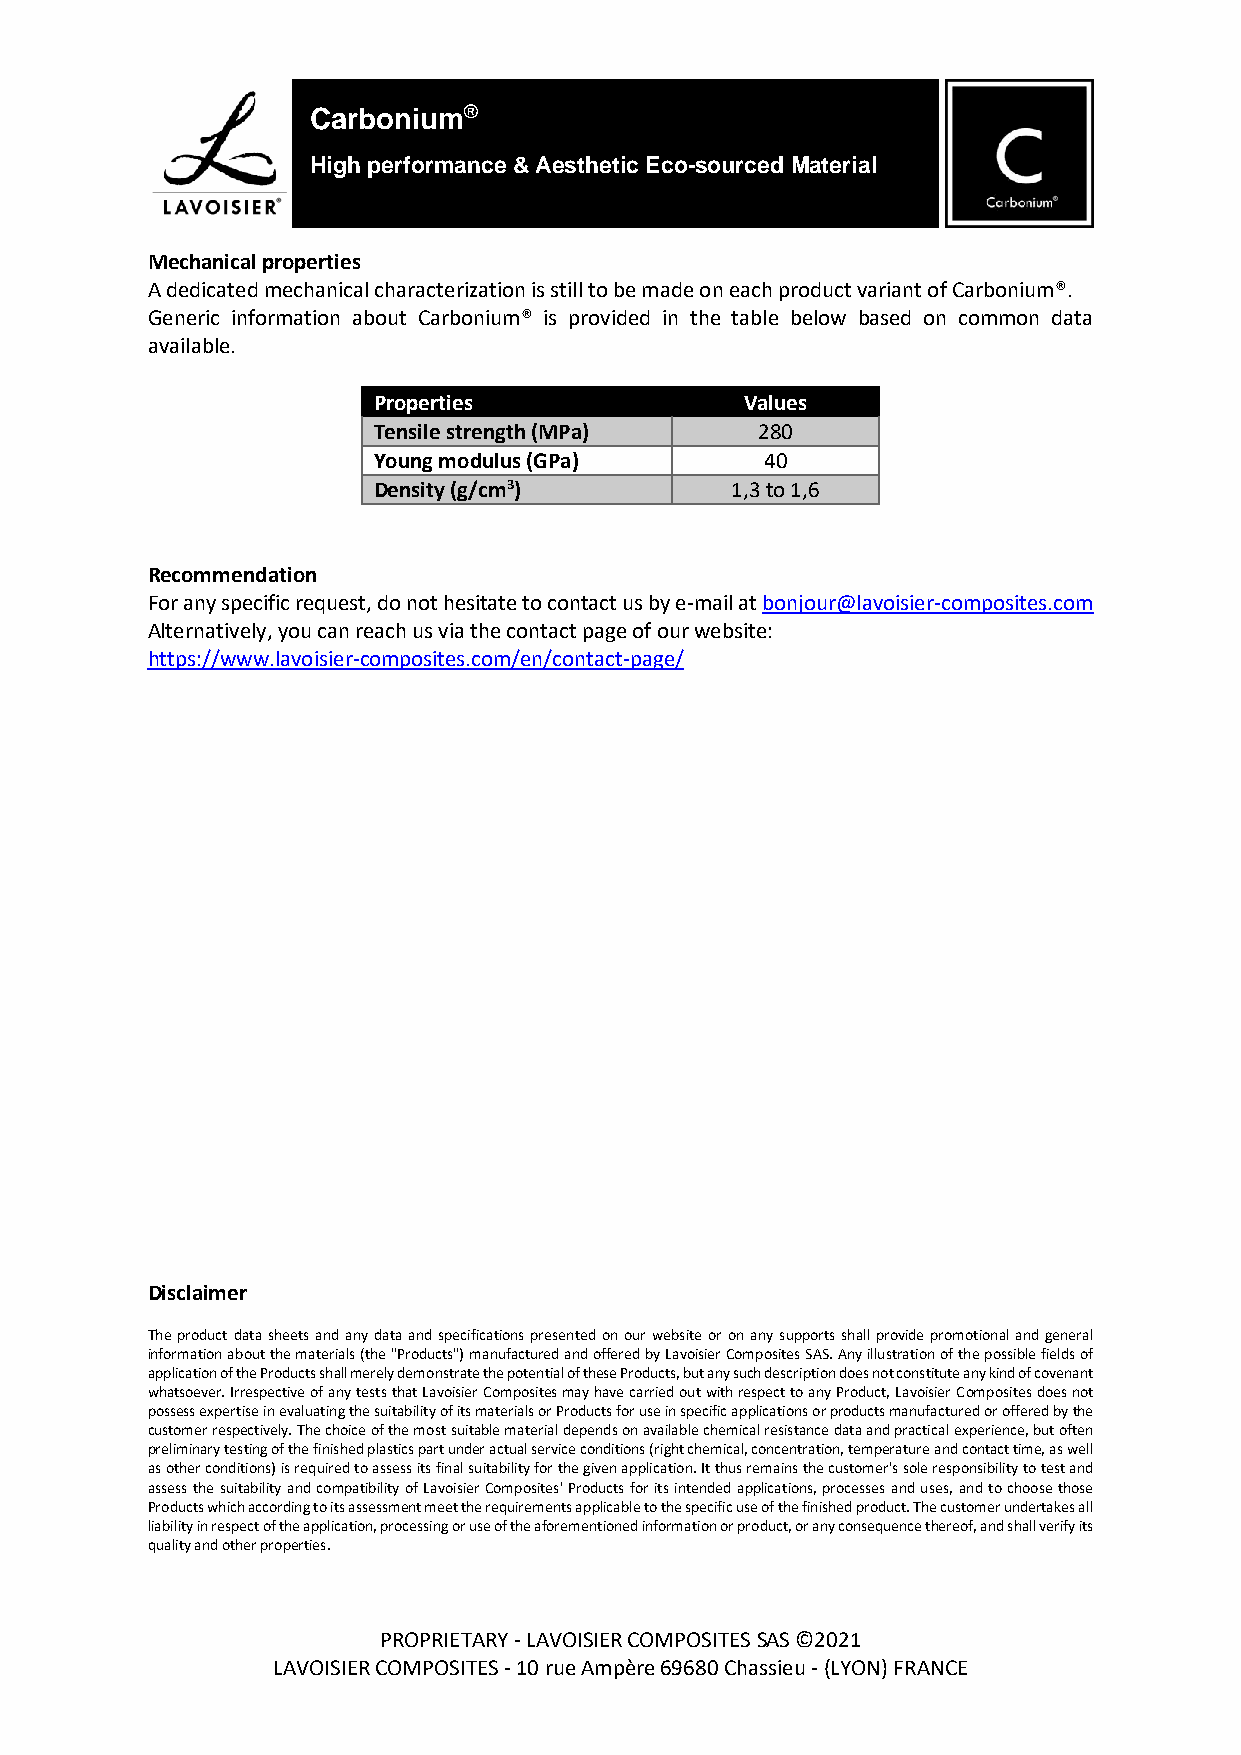
Carbonium®
 High performance & Aesthetic Eco-sourced Material
 Product Data
 Mechanical properties
 A dedicated mechanical characterization is still to be made on each product variant of Carbonium®.
 Generic information about Carbonium® is provided in the table below based on common data
 available.
 Properties              Values
 Tensile strength (MPa)   280
 Young modulus (GPa)       40
 Density (g/cm3)        1,3 to 1,6
 Recommendation
 For any specific request, do not hesitate to contact us by e-mail at bonjour@lavoisier-composites.com
 Alternatively, you can reach us via the contact page of our website:
 https://www.lavoisier-composites.com/en/contact-page/
 Disclaimer
 The product data sheets and any data and specifications presented on our website or on any supports shall provide promotional and general
 information about the materials (the "Products") manufactured and offered by Lavoisier Composites SAS. Any illustration of the possible fields of
 application of the Products shall merely demonstrate the potential of these Products, but any such description does not constitute any kind of covenant
 whatsoever. Irrespective of any tests that Lavoisier Composites may have carried out with respect to any Product, Lavoisier Composites does not
 possess expertise in evaluating the suitability of its materials or Products for use in specific applications or products manufactured or offered by the
 customer respectively. The choice of the most suitable material depends on available chemical resistance data and practical experience, but often
 preliminary testing of the finished plastics part under actual service conditions (right chemical, concentration, temperature and contact time, as well
 as other conditions) is required to assess its final suitability for the given application. It thus remains the customer's sole responsibility to test and
 assess the suitability and compatibility of Lavoisier Composites' Products for its intended applications, processes and uses, and to choose those
 Products which according to its assessment meet the requirements applicable to the specific use of the finished product. The customer undertakes all
 liability in respect of the application, processing or use of the aforementioned information or product, or any consequence thereof, and shall verify its
 quality and other properties.
 PROPRIETARY - LAVOISIER COMPOSITES SAS ©2021
 LAVOISIER COMPOSITES - 10 rue Ampère 69680 Chassieu - (LYON) FRANCE